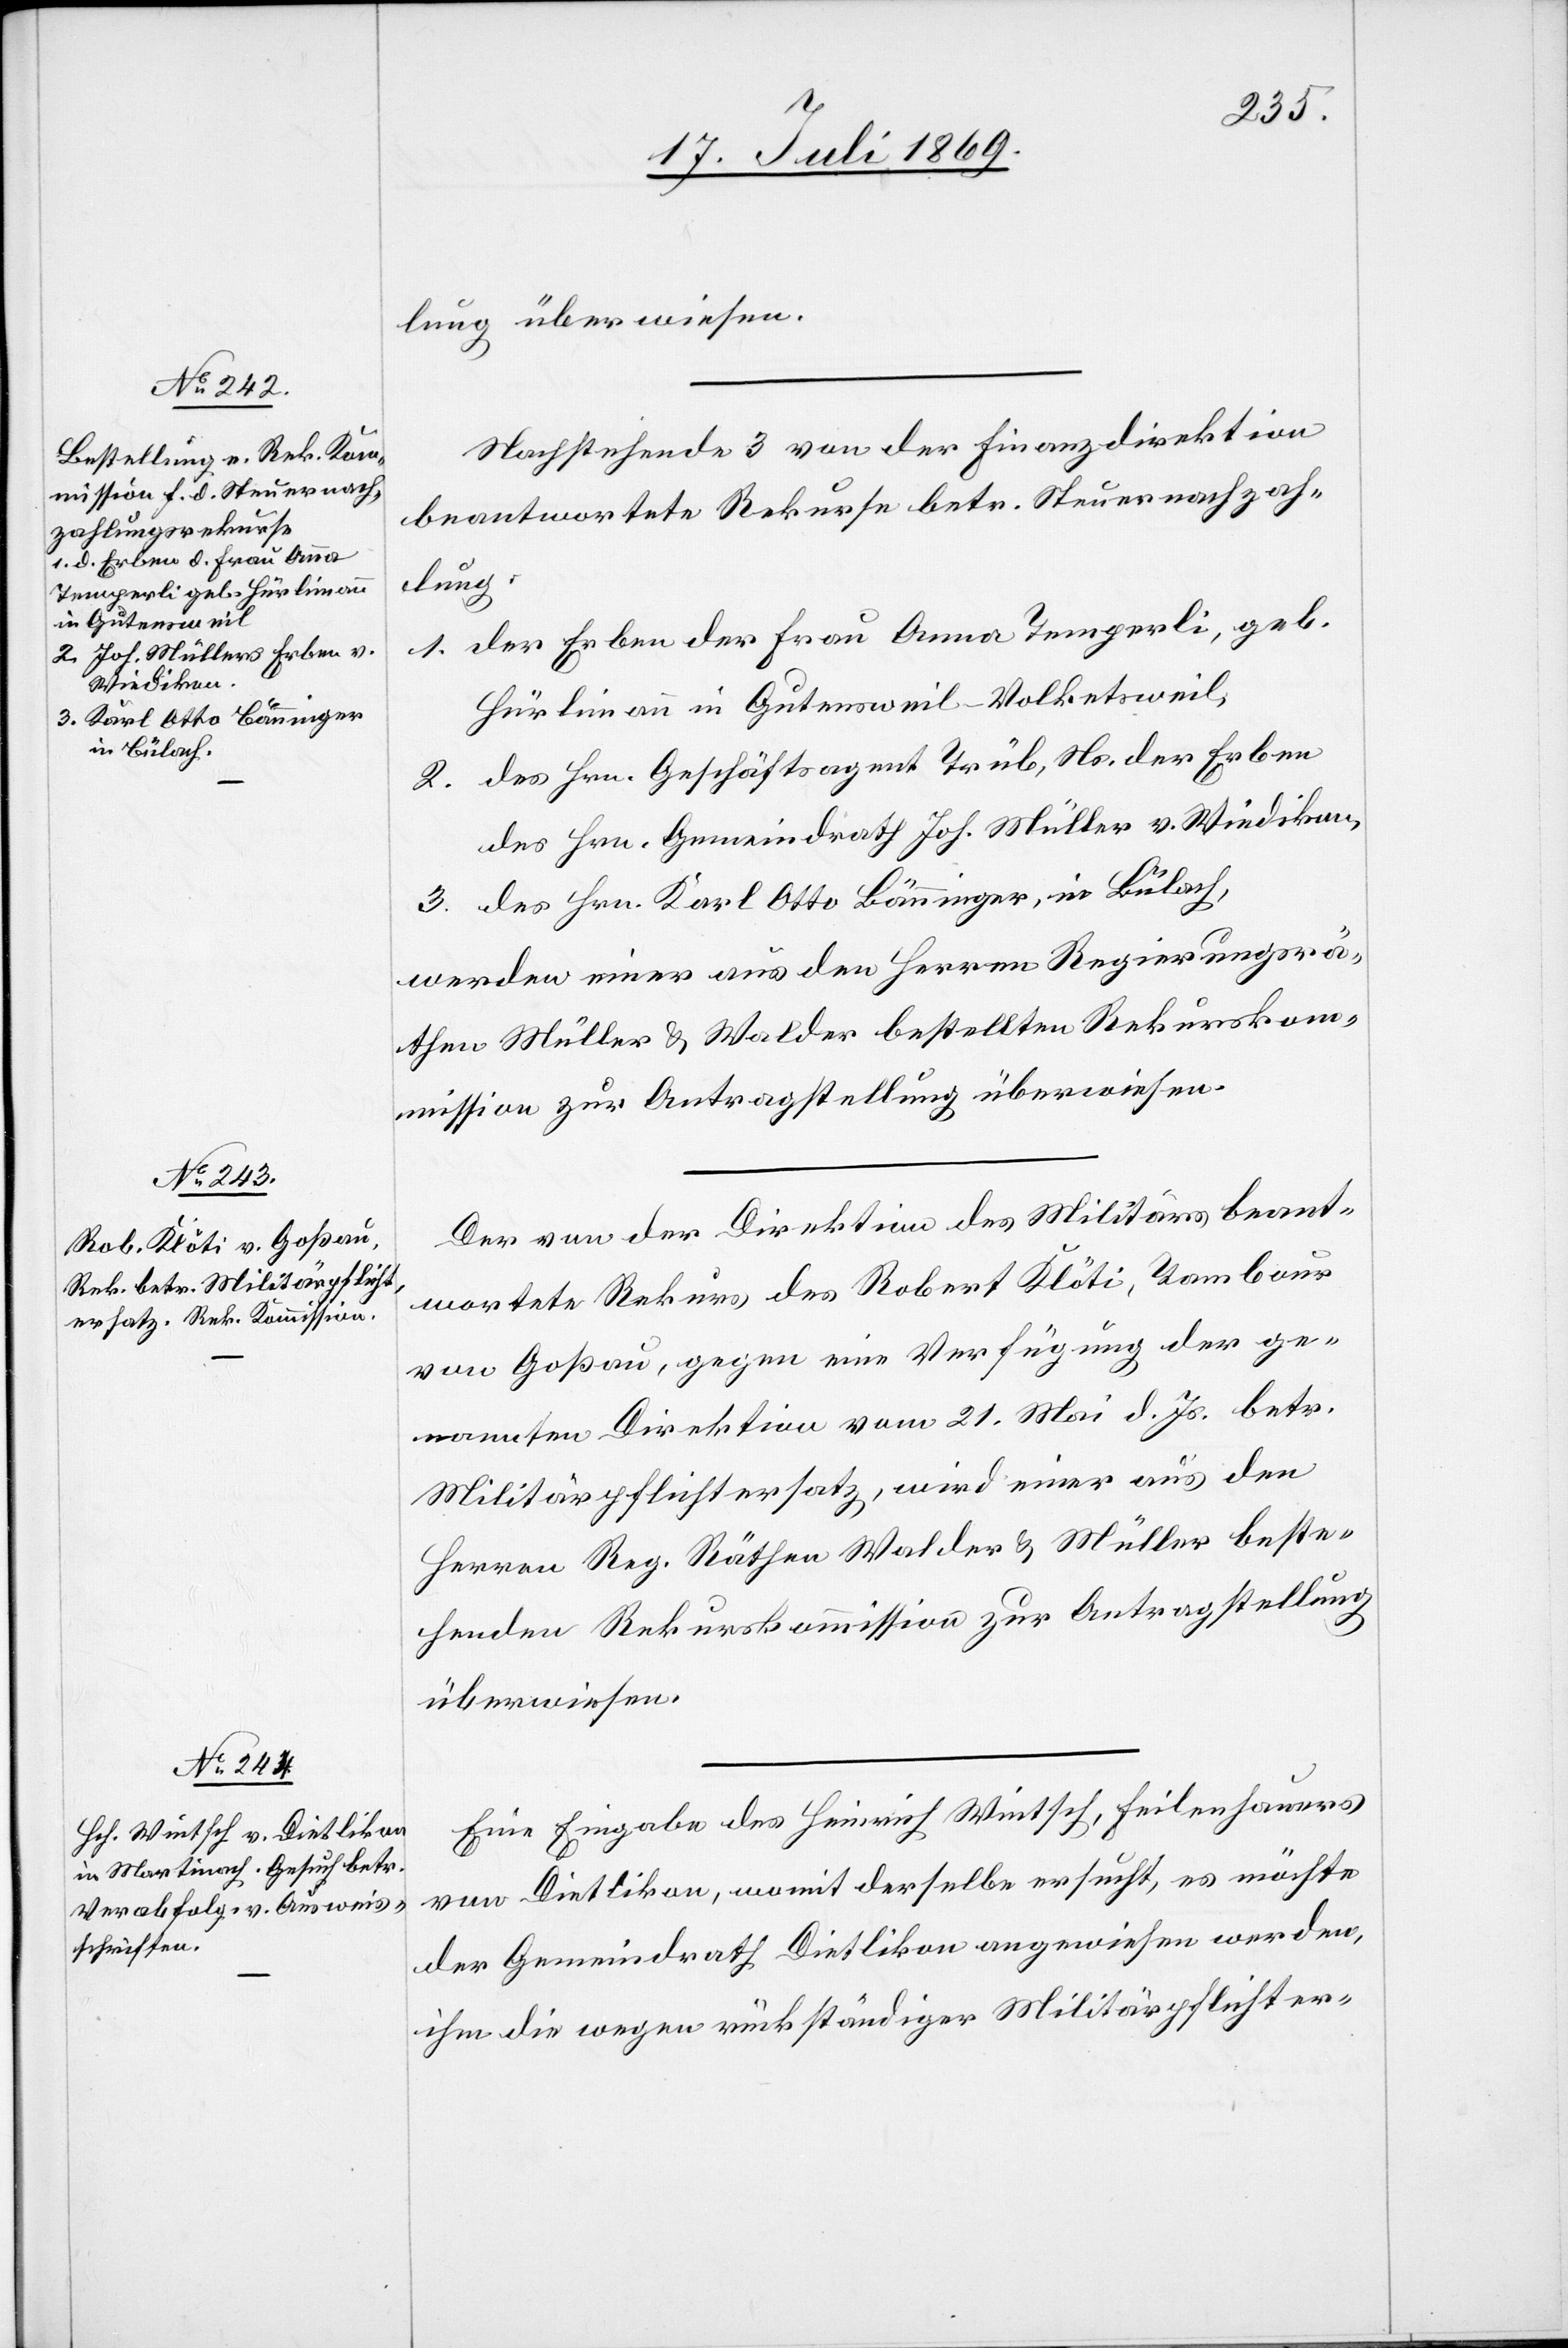
Nachstehende 3 von der Finanzdirektion
beantwortete Rekurse betr. Steuernachzah¬
lung.
1. der Erben der Frau Anna Temperli, geb.
Hürlimann in Gutensweil-Volketsweil,
des Hrn. Geschäftsagent Trüb, Ns. der Erben
2.
des Hrn. Gemeindrath Joh. Müller v. Wiedikon,
3. des Hrn. Karl Otto Bänninger, in Bülach,
werden einer aus den Herrn Regierungsrä¬
then Müller u. Walder bestellten Rekurskom¬
mission zur Antragstellung überwiesen.
Der von der Direktion des Militärs beant¬
wortete Rekurs des Robert Klöti, Tambour
von Goßau, gegen eine Verfügung der ge¬
nannten Direktion vom 21 Mai d. Js. betr.
Militärpflichtersatz, wird einer aus den
Herren Reg. Räthen Walder u. Müller beste¬
henden Rekurskommission zur Antragstellung
überwiesen.
Eine Eingabe des Heinrich Wintsch, Feilenhauers
von Dietlikon, womit derselbe ersucht, es möchte
der Gemeindrath Dietlikon angewiesen werden,
ihm die wegen rückständiger Militärpflichter-